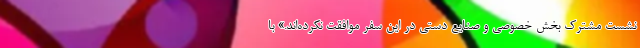
نشست مشترک بخش خصوصی و صنایع دستی در این سفر موافقت نکرده‌اند.» با